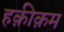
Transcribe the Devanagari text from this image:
हक़ीक़म